Report on malaria in the Punjab during the year ...  together with an account of the work of the Punjab Malaria Bureau - Volume 5
Disease focus: Malaria
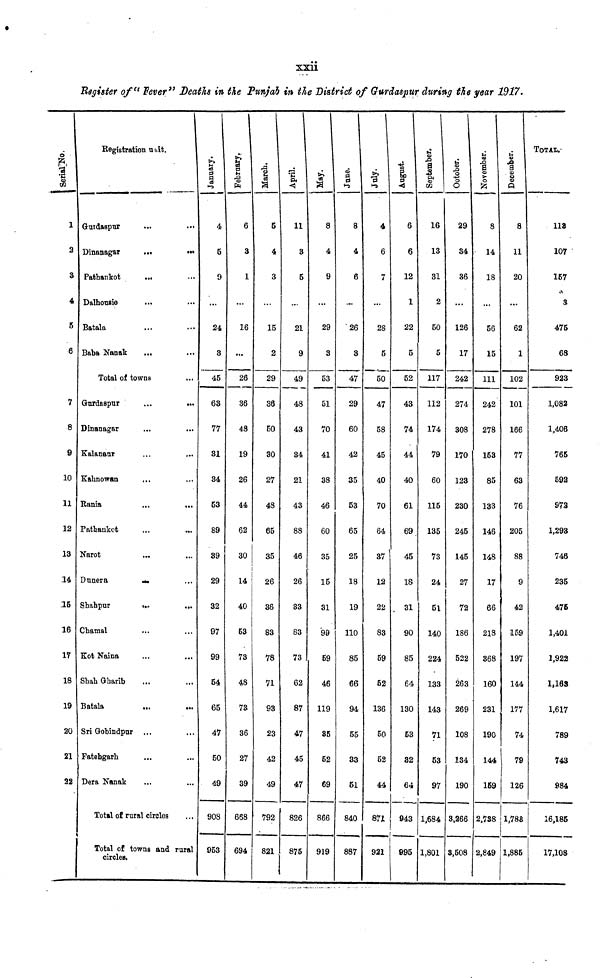
xxii
Register of "Fever" Deaths in the Punjab in the District of Gurdaspur during the year 1917.
1
2
3
4
5
6
7
8
9
10
11
12
13
14
15
16
17
18
19
20
21
22
Registration unit.
Gurdaspur
...
...
Dinanagar
...
...
Pathankot
...
Delhousie
...
...
Batala
Baba Nanak
Total of towns
Gurdaspur
...
...
Dinanagar
Kalananr
Kahnowan
Rania
Pathankot
Narot
Dunera
...
Shahpur
...
...
Chamal
Kot Naina
Shah Gharib
Batala
...
c.
Sri Gobindpur
Fatehgarh
Dera Nanak
Total of rural circles
Total of towns and rural
circles.
January.
4
5
9
24
3
45
63
77
31
84
53
89
39
29
32
97
99
54
65
47
50
49
908
953
February,
6
3
1
16
...
26
36
48
19
26
44
62
30
14
40
53
73
48
73
36
27
39
668
694
March.
5
4
3
15
2
29
36
BO
30
27
48
65
35
26
36
83
78
71
93
23
42
49
792
821
April.
11
3
5
21
9
49
48
43
34
21
43
88
46
26
83
83
73
62
87
47
45
47
826
875
May.
8
4
9
29
3
53
51
70
41
38
46
60
35
15
.31
99
59
46
119
35
52
69
866
919
June.
8
4
6
26
3
47
29
60
42
35
53
65
25
18
19
110
85
66
94
55
33
51
840
887
4
6
7
28
5
50
47
58
45
40
70
64
37
12
22
83
59
52
136
50
52
44
871
921
August.
6
6
12
1
22
5
52
43
74
44
40
61
69
45
18
31
90
85
64
130
53
32
64
943
995
September.
16
13
31
2
50
5
117
112
174
79
60
115
135
73
24
51
140
224
133
143
71
53
97
1,684
1,801
October.
29
34
36
126
17
242
274
308
170
123
230
245
145
27
72
18b
522
263
269
108
134
190
3,266
3,508
November.
8
• 14
18
56
15
111
242
278
153
85
133
146
148
17
66
218
368
160
231
190
144
159
2,738
2,849
December.
8
11
20
62
1
102
101
166
77
63
76
205
88
42
159
197
144
177
74
79
126
1,788
1,885
TOTAL
118
107
167
8
475
68
923
1,082
1,406
765
592
972
1,293
748
235
476
1,401
1,922
1,163
1,617
789
743
984
16,185
17,108